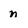
Character: n